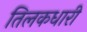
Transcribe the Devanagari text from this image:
तिलकधारी